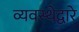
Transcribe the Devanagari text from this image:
व्यवस्थेद्वारे